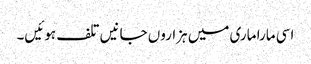
اسی مارا ماری میں ہزاروں جانیں تلف ہوئیں۔